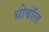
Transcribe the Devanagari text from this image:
थ्रोबॉल